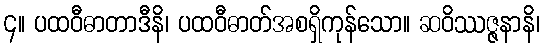
၄။ ပထဝီဓာတာဒီနိ၊ ပထဝီဓာတ်အစရှိကုန်သော။ ဆဝိဿဇ္ဇနာနိ၊